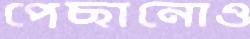
পেছানোও